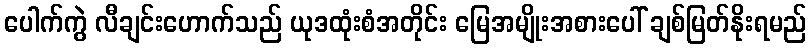
ပေါက်ကွဲ လီချင်းဟောက်သည် ယုဒထုံးစံအတိုင်း မြေအမျိုးအစားပေါ် ချစ်မြတ်နိုးရမည်